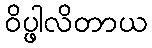
ဝိပ္ဖါလိတာယ